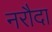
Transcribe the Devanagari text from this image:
नरौदा